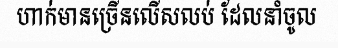
ហាក់មានច្រើនលើសលប់ ដែលនាំចូល